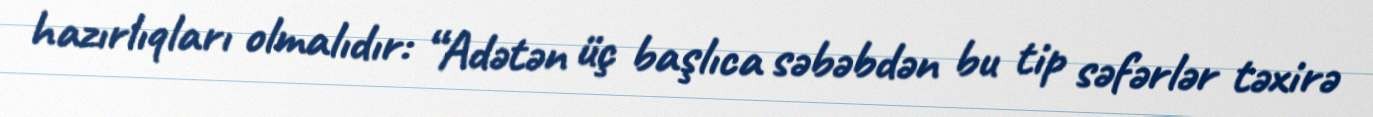
hazırlıqları olmalıdır: “Adətən üç başlıca səbəbdən bu tip səfərlər təxirə